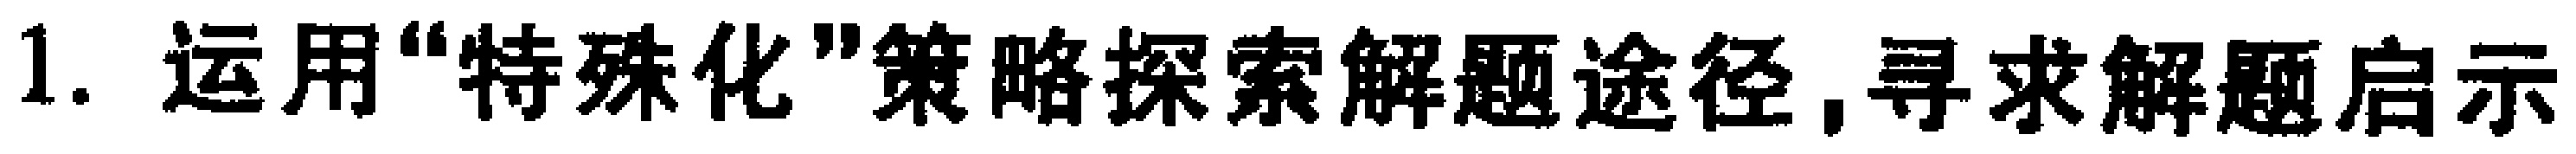
1. 运用“特殊化”策略探索解题途径,寻求解题启示